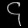
Digit: ၄